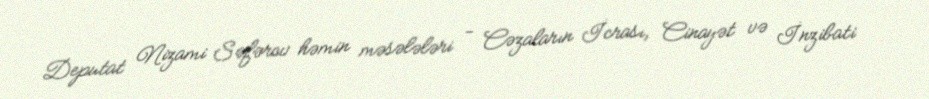
Deputat Nizami Səfərov həmin məsələləri - Cəzaların İcrası, Cinayət və İnzibati